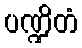
ပဏ္ဍိတံ